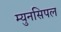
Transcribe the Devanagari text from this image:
म्युनसिपल